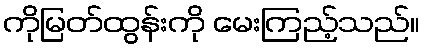
ကိုမြတ်ထွန်းကို မေးကြည့်သည်။